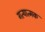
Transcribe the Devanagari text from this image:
गत्‍यात्‍मक